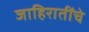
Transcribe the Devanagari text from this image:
जाहिरातींचे